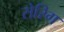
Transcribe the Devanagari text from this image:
रोरिग